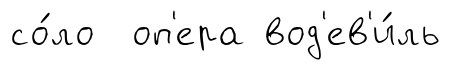
со́ло оп'ера вод'ев'и́ль